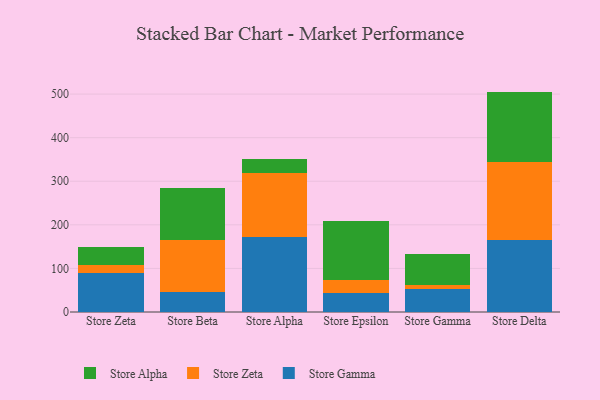
{"axis": {"x": "Store", "y": "Backlog"}, "legend": ["Store Alpha", "Store Gamma", "Store Zeta"], "data": [{"x": "Store Zeta", "y": 89.7, "type": "Store Gamma"}, {"x": "Store Zeta", "y": 18.9, "type": "Store Zeta"}, {"x": "Store Zeta", "y": 41.3, "type": "Store Alpha"}, {"x": "Store Beta", "y": 45.2, "type": "Store Gamma"}, {"x": "Store Beta", "y": 120.9, "type": "Store Zeta"}, {"x": "Store Beta", "y": 119.0, "type": "Store Alpha"}, {"x": "Store Alpha", "y": 172.7, "type": "Store Gamma"}, {"x": "Store Alpha", "y": 146.2, "type": "Store Zeta"}, {"x": "Store Alpha", "y": 31.6, "type": "Store Alpha"}, {"x": "Store Epsilon", "y": 42.9, "type": "Store Gamma"}, {"x": "Store Epsilon", "y": 29.7, "type": "Store Zeta"}, {"x": "Store Epsilon", "y": 136.3, "type": "Store Alpha"}, {"x": "Store Gamma", "y": 52.7, "type": "Store Gamma"}, {"x": "Store Gamma", "y": 9.1, "type": "Store Zeta"}, {"x": "Store Gamma", "y": 72.4, "type": "Store Alpha"}, {"x": "Store Delta", "y": 165.8, "type": "Store Gamma"}, {"x": "Store Delta", "y": 177.5, "type": "Store Zeta"}, {"x": "Store Delta", "y": 162.4, "type": "Store Alpha"}]}